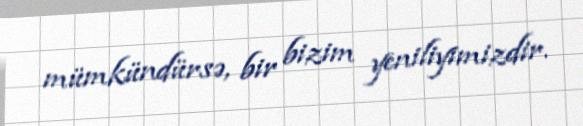
mümkündürsə, bir bizim yeniliyimizdir.